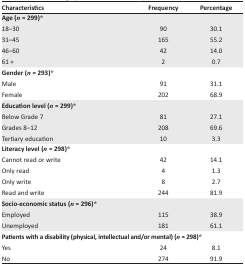
| Characteristics | Frequency | Percentage |
 | --- | --- | --- |
 | <COLSPAN=3> Age (n = 299)* |
 | 18–30 | 90 | 30.1 |
 | 31–45 | 165 | 55.2 |
 | 46–60 | 42 | 14.0 |
 | 61 + | 2 | 0.7 |
 | <COLSPAN=2> Gender (n = 293)* |
 | Male | 91 | 31.1 |
 | Female | 202 | 68.9 |
 | <COLSPAN=2> Education level (n = 299)* |
 | Below Grade 7 | 81 | 27.1 |
 | Grades 8–12 | 208 | 69.6 |
 | Tertiary education | 10 | 3.3 |
 | <COLSPAN=2> Literacy level (n = 298)* |
 | Cannot read or write | 42 | 14.1 |
 | Only read | 4 | 1.3 |
 | Only write | 8 | 2.7 |
 | Read and write | 244 | 81.9 |
 | <COLSPAN=2> Socio-economic status (n = 296)* |
 | Employed | 115 | 38.9 |
 | Unemployed | 181 | 61.1 |
 | <COLSPAN=2> Patients with a disability (physical, intellectual and/or mental) (n = 298)* |
 | Yes | 24 | 8.1 |
 | No | 274 | 91.9 |